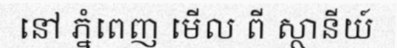
នៅ ភ្នំពេញ មើល ពី ស្ថានីយ៍